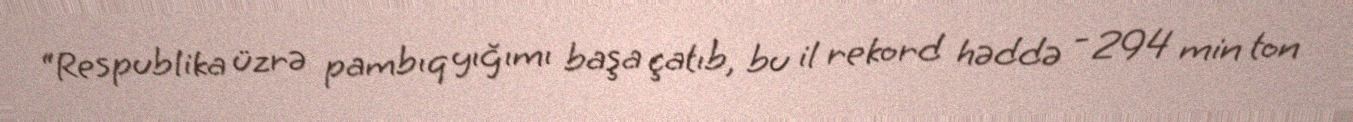
“Respublika üzrə pambıq yığımı başa çatıb, bu il rekord həddə - 294 min ton